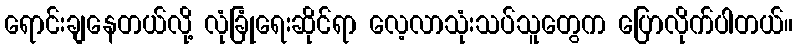
ရောင်းချနေတယ်လို့ လုံခြုံရေးဆိုင်ရာ လေ့လာသုံးသပ်သူတွေက ပြောလိုက်ပါတယ်။